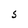
Character: S